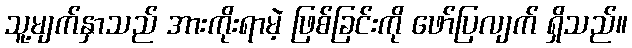
သူ့မျက်နှာသည် အားကိုးရာမဲ့ ဖြစ်ခြင်းကို ဖော်ပြလျက် ရှိသည်။